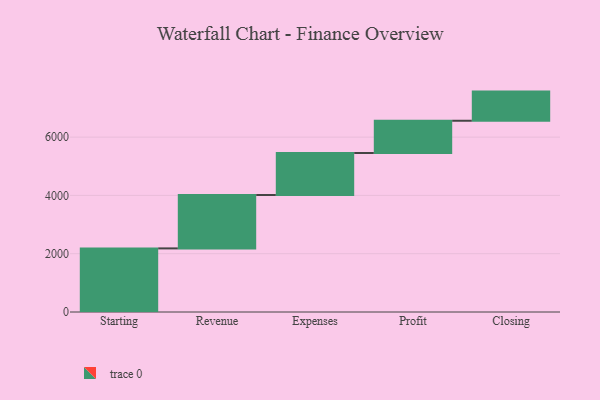
{"axis": {"x": "Step", "y": "Value"}, "legend": [""], "data": [{"x": "Starting", "y": 2182.0, "type": ""}, {"x": "Revenue", "y": 1833.0, "type": ""}, {"x": "Expenses", "y": 1441.0, "type": ""}, {"x": "Profit", "y": 1106.0, "type": ""}, {"x": "Closing", "y": 1000, "type": ""}]}